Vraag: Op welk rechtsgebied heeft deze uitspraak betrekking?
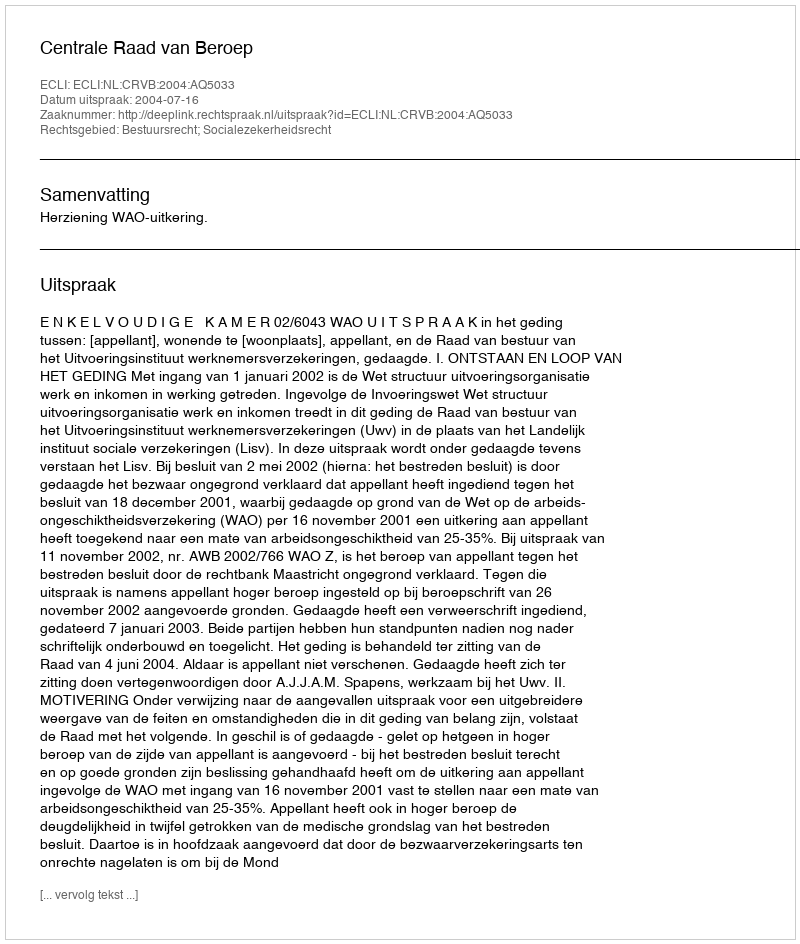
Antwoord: Bestuursrecht; Socialezekerheidsrecht